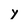
Character: y